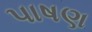
પાષણ